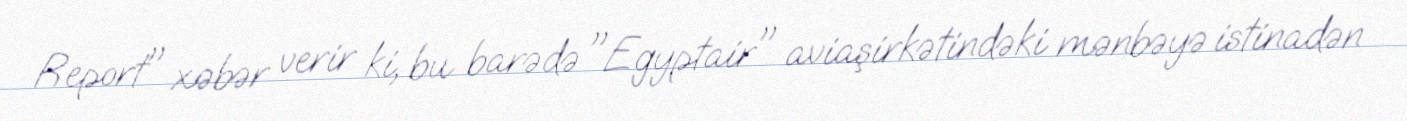
Report" xəbər verir ki, bu barədə "Egyptair" aviaşirkətindəki mənbəyə istinadən